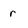
Character: r